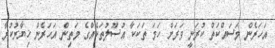
އަހަރެން މަސައްކަތް ކުރަނީ ވަރަށް ހަމަ ތަކަކާ އުސޫލުތަކެއްގެ މަތިން އަހަރެން ޚިޔާރުކުރާ